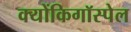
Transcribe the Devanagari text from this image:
क्योंकिगॉस्पेल